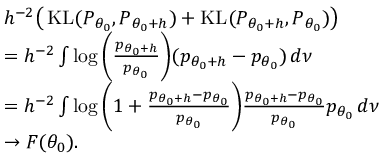
\begin{array} { r l } & { h ^ { - 2 } \big ( \operatorname { K L } ( P _ { \theta _ { 0 } } , P _ { { \theta _ { 0 } } + h } ) + \operatorname { K L } ( P _ { { \theta _ { 0 } } + h } , P _ { \theta _ { 0 } } ) \big ) } \\ & { = h ^ { - 2 } \int \log \bigg ( \frac { p _ { { \theta _ { 0 } } + h } } { p _ { \theta _ { 0 } } } \bigg ) ( p _ { { \theta _ { 0 } } + h } - p _ { \theta _ { 0 } } ) \, d \nu } \\ & { = h ^ { - 2 } \int \log \bigg ( 1 + \frac { p _ { { \theta _ { 0 } } + h } - p _ { \theta _ { 0 } } } { p _ { \theta _ { 0 } } } \bigg ) \frac { p _ { { \theta _ { 0 } } + h } - p _ { \theta _ { 0 } } } { p _ { \theta _ { 0 } } } p _ { \theta _ { 0 } } \, d \nu } \\ & { \rightarrow F ( { \theta _ { 0 } } ) . } \end{array}